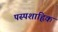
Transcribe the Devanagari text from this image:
पस्पशाह्निक